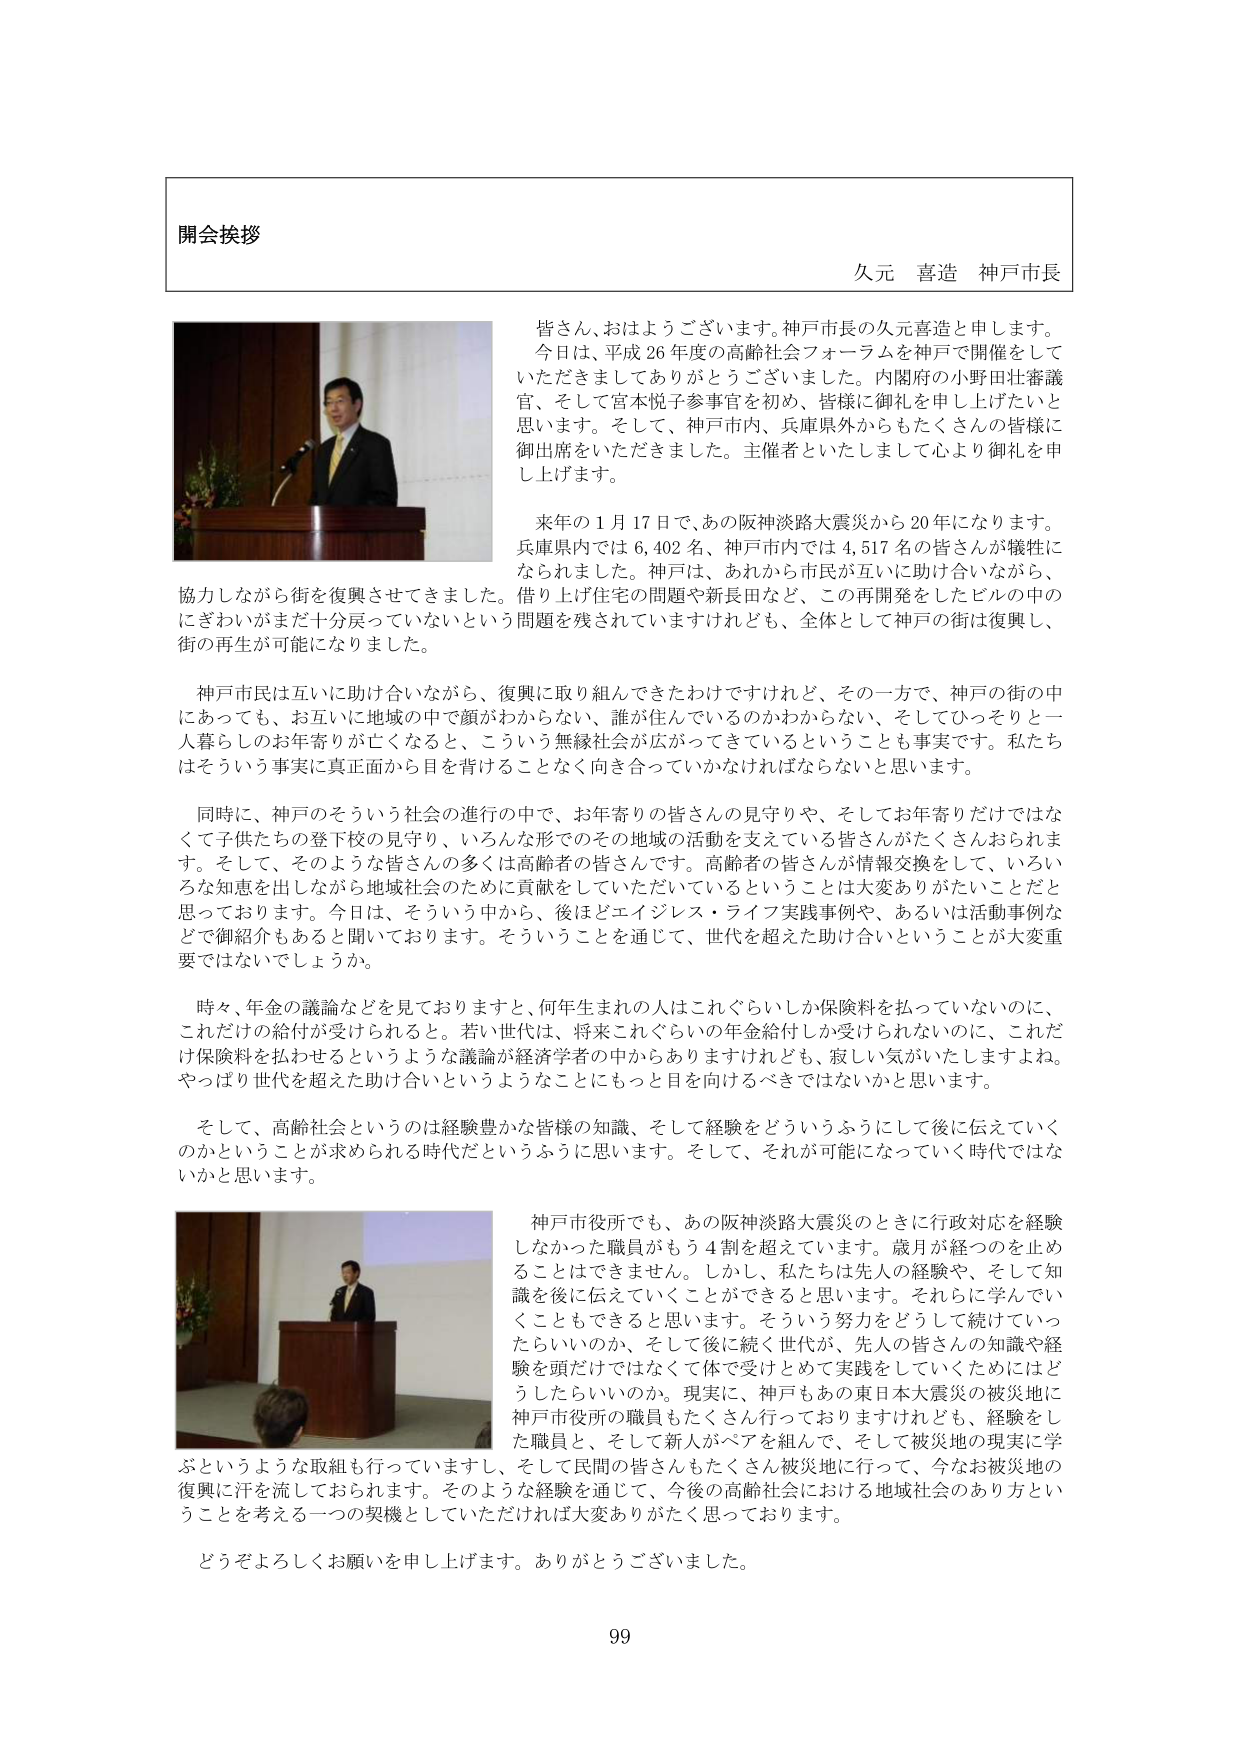
開会挨拶

久元 喜造 神戸市長

皆さん、おはようございます。神戸市長の久元喜造と申します。
今日は、平成26年度の高齢社会フォーラムを神戸で開催をして
いただきましたありがとうございます。内閣府の小野田壮審議
官、そして宮本悦子参事官を初め、皆様に御礼を申し上げたいと
思います。そして、神戸市内、兵庫県外からもたくさんの皆様に
御出席をいただきました。主催者といたしまして心より御礼を申
し上げます。

来年の1月17日で、あの阪神淡路大震災から20年になります。
兵庫県内では6,402名、神戸市内では4,517名の皆さんが犠牲に
なられました。神戸は、あれから市民が互いに助け合いながら、
協力しながら街を復興させてきました。借り上げ住宅の問題や新長田など、この再開発をしたビルの中の
にざわいがまだ十分戻っていないという問題を残されていますけれども、全体として神戸の街は復興し、
街の再生が可能になりました。

神戸市民は互いに助け合いながら、復興に取り組んできたわけですがけれど、その一方で、神戸の街の中
にあっても、お互いに地域の中で顔がわからない、誰が住んでいるのかわからない、そしてひっそりと一
人暮らしのお年寄りが亡くなると、こういう無縁社会が広がってきているということも事実です。私たち
はそういう事実に真正面から目を背けることなく向き合っていかなければならないと思います。

同時に、神戸のそういう社会の進行の中で、お年寄りの皆さんの見守りや、そしてお年寄りだけではな
くて子供たちの登下校の見守り、いろんな形でのその地域の活動を支えている皆さんがたくさんおられま
す。そして、そのような皆さんの多くは高齢者の皆さんです。高齢者の皆さんが情報交換をして、いろい
ろな知恵を出しながら地域社会のために貢献していただいているということは大変ありがたいことだと
思っております。今日は、そういう中から、後ほどエイジレス・ライフ実践事例や、あるいは活動事例な
どで御紹介もあると聞いております。そういうことを通じて、世代を超えた助け合いということが大変重
要ではないでしょうか。

時々、年金の議論などを見ておりますと、何年生まれの人はこれぐらいしか保険料を払っていないのに、
これだけの給付が受けられると。若い世代は、将来これぐらいの年金給付しか受けられないのに、これだ
け保険料を払わせるというような議論が経済学者の中からありますけれども、寂しい気がいたしますよね。
やっぱり世代を超えた助け合いというようなことにもっと目を向けるべきではないかと思います。

そして、高齢社会というのは経験豊かな皆様の知識、そして経験をどういうふうにして後に伝えていく
のかということが求められる時代だというふうに思います。そして、それが可能になっていく時代ではな
いかと思います。

神戸市役所でも、あの阪神淡路大震災のときに行政対応を経験
しなかった職員がもう4割を超えています。歳月が経つのを止め
ることはできません。しかし、私たちは先人の経験や、そして知
識を後に伝えていくことができると思います。それらに学んでい
くこともできると思います。そういう努力をどうして続けていっ
たらいいのか、そして後に続く世代が、先人の皆さんの知識や経
験を頭だけではなくて体で受けとめて実践をしていくためにはど
うしたらいいのか。現実に、神戸もあの東日本大震災の被災地に
神戸市役所の職員もたくさん行っておりますけれども、経験をし
た職員と、そして新人がペアを組んで、そして被災地の現実に学
ぶというような取組も行っていきますし、そして民間の皆さんもたくさん被災地に行って、今なお被災地の
復興に汗を流しておられます。そのような経験を通じて、今後の高齢社会における地域社会のあり方とい
うことを考える一つの契機としていただければ大変ありがたく思っております。

どうぞよろしくお願いを申し上げます。ありがとうございました。

99